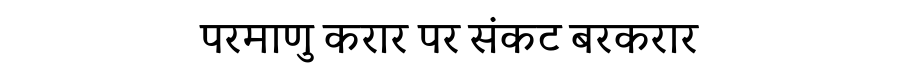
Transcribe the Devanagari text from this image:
परमाणु करार पर संकट बरकरार